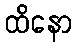
ထိနော